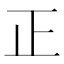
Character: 正